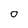
Character: O